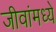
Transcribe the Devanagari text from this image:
जीवांमध्ये